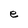
Character: e